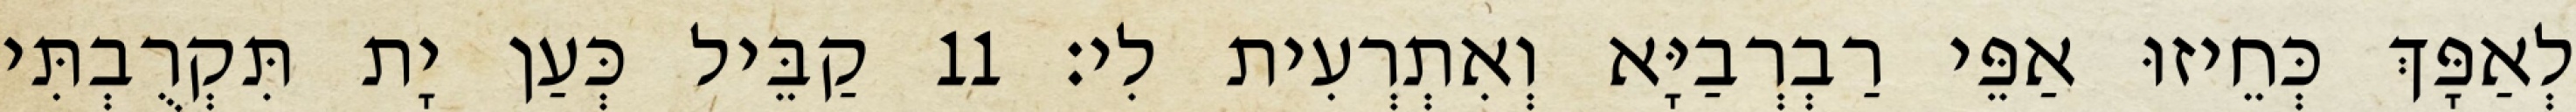
לְאַפָּךְ כְּחֵיזוּ אַפֵּי רַבְרְבַיָּא וְאִתְרְעִית לִי׃ 11 קַבֵּיל כְּעַן יָת תִּקְרֻבְתִּי